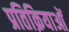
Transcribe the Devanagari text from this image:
प्रतिक्रियाआें